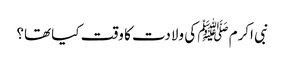
نبی اکرم ﷺ کی ولادت کا وقت کیا تھا؟